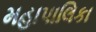
મહાપાલિકા